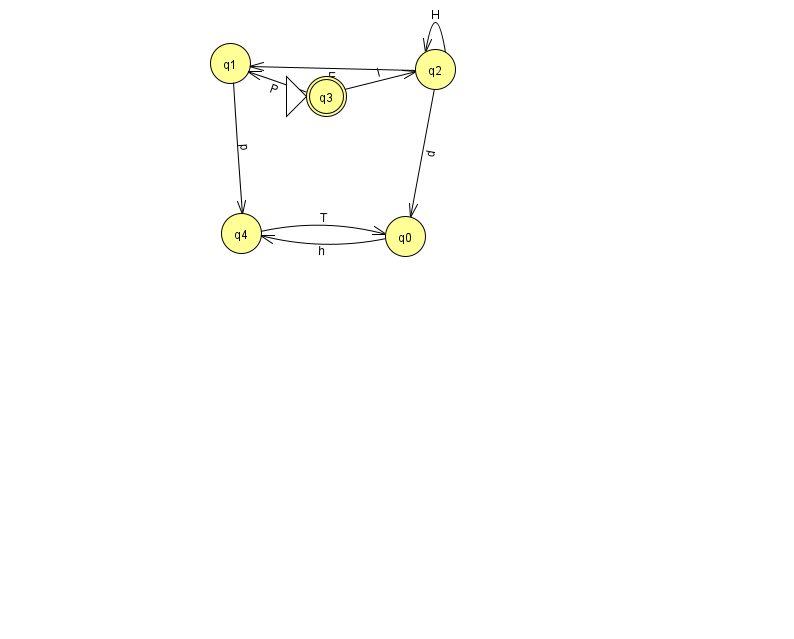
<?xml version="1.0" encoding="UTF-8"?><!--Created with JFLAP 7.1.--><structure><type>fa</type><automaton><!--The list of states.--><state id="0" name="q0"><x>405.0</x><y>223.0</y></state><state id="1" name="q1"><x>230.0</x><y>50.0</y></state><state id="2" name="q2"><x>435.0</x><y>56.0</y></state><state id="3" name="q3"><x>326.0</x><y>83.0</y><initial/><final/></state><state id="4" name="q4"><x>241.0</x><y>220.0</y></state><!--The list of transitions.--><transition><from>1</from><to>4</to><read>p</read></transition><transition><from>4</from><to>0</to><read>T</read></transition><transition><from>2</from><to>2</to><read>H</read></transition><transition><from>0</from><to>4</to><read>h</read></transition><transition><from>3</from><to>1</to><read>P</read></transition><transition><from>3</from><to>2</to><read>i</read></transition><transition><from>2</from><to>1</to><read>E</read></transition><transition><from>2</from><to>0</to><read>d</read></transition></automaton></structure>